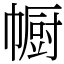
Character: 㡡